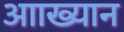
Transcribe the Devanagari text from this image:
आाख्यान